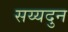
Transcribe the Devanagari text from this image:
सय्यदुन